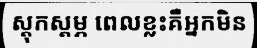
ស្តុកស្តម្ភ ពេលខ្លះគឺអ្នកមិន